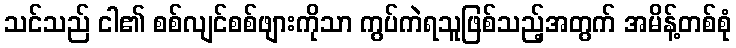
သင်သည် ငါ၏ စစ်လျင်စစ်ဖျားကိုသာ ကွပ်ကဲရသူဖြစ်သည့်အတွက် အမိန့်တစ်စုံ